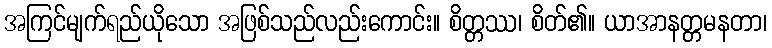
အကြင်မျက်ရည်ယိုသော အဖြစ်သည်လည်းကောင်း။ စိတ္တဿ၊ စိတ်၏။ ယာအာနတ္တမနတာ၊